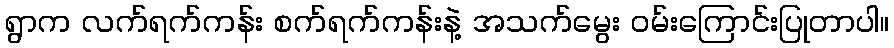
ရွာက လက်ရက်ကန်း စက်ရက်ကန်းနဲ့ အသက်မွေး ဝမ်းကြောင်းပြုတာပါ။